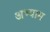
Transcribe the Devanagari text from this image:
अभ्याम